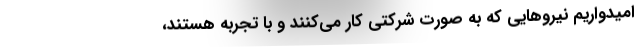
امیدواریم نیروهایی که به صورت شرکتی کار می‌کنند و با تجربه هستند،